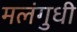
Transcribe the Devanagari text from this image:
मलंगुधी